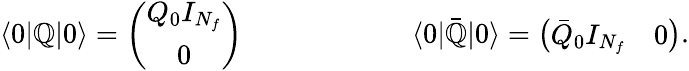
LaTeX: \langle0|\mathbb{Q}|0\rangle=\left(\begin{array}{c}{{Q_{0}I_{N_{f}}}}\\ {{0}}\end{array}\right)\qquad\qquad\qquad\langle0|\bar{{\mathbb{Q}}}|0\rangle=\left(\begin{array}{cc}{{\bar{Q}_{0}I_{N_{f}}}}&{{0}}\end{array}\right).